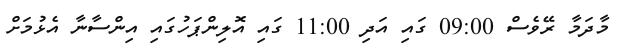
މާދަމާ ރޭވެސް 09:00 ގައި އަދި 11:00 ގައި އޮލިންޕަހުގައި އިންސާނާ އެޅުމަށް